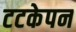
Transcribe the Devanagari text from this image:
टटकेपन